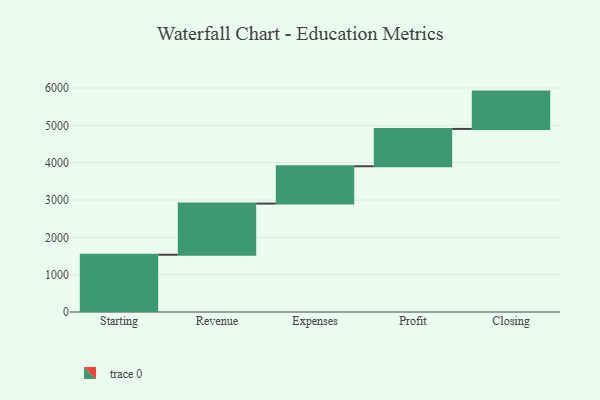
{"axis": {"x": "Step", "y": "Value"}, "legend": [""], "data": [{"x": "Starting", "y": 1534.0, "type": ""}, {"x": "Revenue", "y": 1371.0, "type": ""}, {"x": "Expenses", "y": 1000.0, "type": ""}, {"x": "Profit", "y": 1000, "type": ""}, {"x": "Closing", "y": 1000, "type": ""}]}